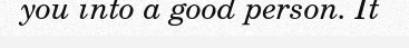
you into a good person. It